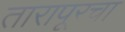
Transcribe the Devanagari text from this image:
तारापूरचा